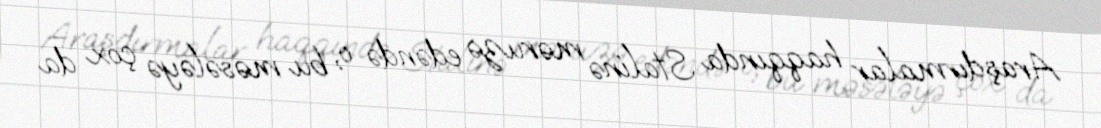
Araşdırmalar haqqında Stalinə məruzə edəndə o, bu məsələyə çox da